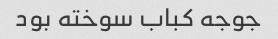
جوجه کباب سوخته بود